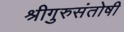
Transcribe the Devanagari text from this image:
श्रीगुरुसंतोषी